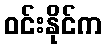
ဝင်းနိုင်က